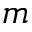
m